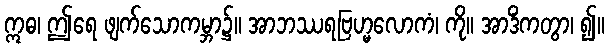
ဣဓ၊ ဤရေ ဖျက်သောကမ္ဘာ၌။ အာဘဿရဗြဟ္မလောကံ၊ ကို။ အာဒိံကတွာ၊ ၍။